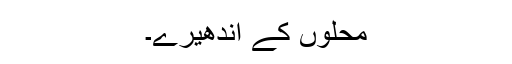
محلوں کے اندھیرے۔